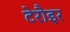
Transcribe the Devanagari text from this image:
टेरौइर